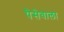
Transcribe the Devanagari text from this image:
पैसेवाला